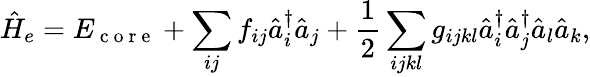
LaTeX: \hat{H}_{e}=E_{\mathrm{~c~o~r~e~}}+\sum_{ij}f_{ij}{\hat{a}}_{i}^{\dagger}{\hat{a}}_{j}+\frac{1}{2}\sum_{ijkl}g_{ijkl}{\hat{a}}_{i}^{\dagger}{\hat{a}}_{j}^{\dagger}{\hat{a}}_{l}{\hat{a}}_{k},